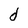
Character: d